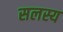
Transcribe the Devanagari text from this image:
सलस्य